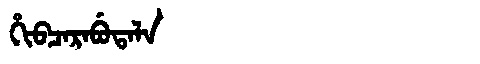
Manchu: ᡥᡳᠪᠴᠠᡵᠠᠪᡠᡨᠠᠯᠠ
Romanization: HIBCARABUTALA